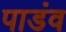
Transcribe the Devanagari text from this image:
पाडंव